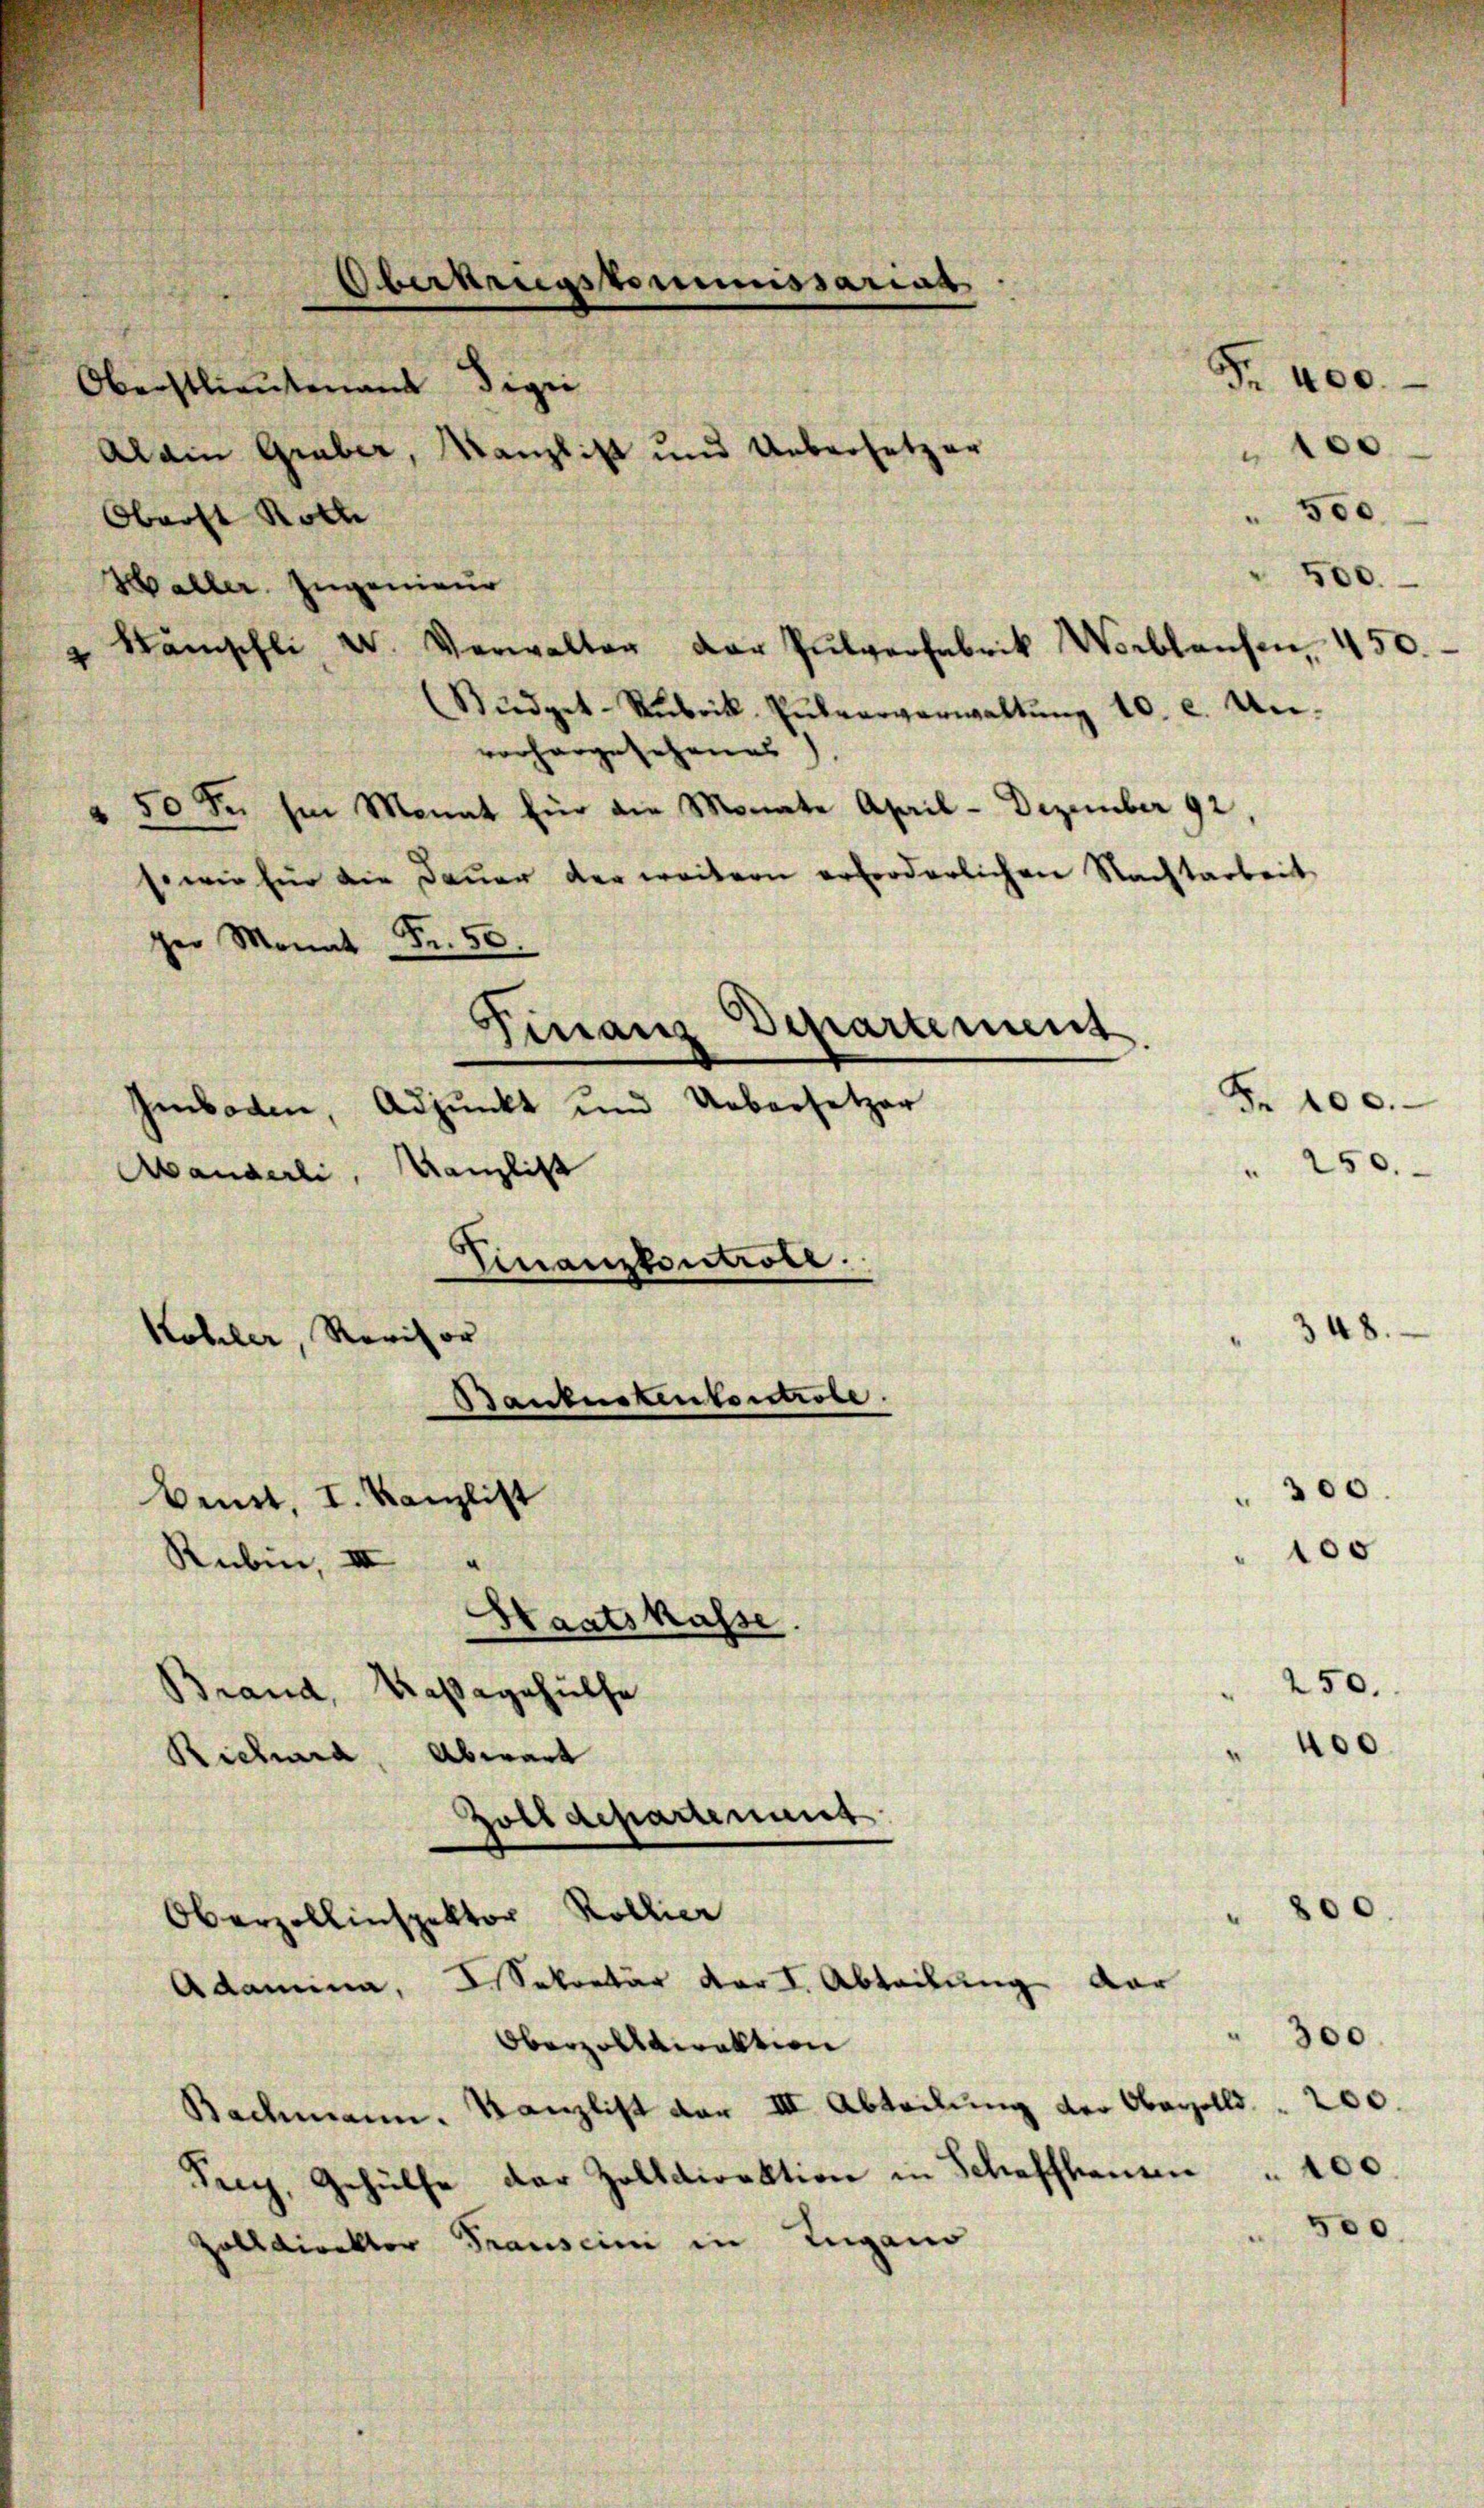
Oberst Roth
Haller. Ingenieur
" kämschli, W. Verwalter der Pulverfabrik Verblaŭfen, 450.
Südget-Rubrik- Pulververwaltŭng 10. c. Un-
vorhergesehenes).
50 Fr. im Monat für die Monate April - Dezember 92,
sowie für die Daŭer der weitern erforderlichen Nachtarbeit
ger Monat Fr. 50.
Finanz Departement
Imboden, Adjunkt und Uebersetzer
Abanderli, Kanzlist
Finanzkontrole.
Kohler, Revisor
Baubestenbertrobe
.
Bemit, I. Kanzlist
Rubin, III
Haatskasse.
Brand, Kaßegehülfe
Richia, Abwart
Zolldepartement
Oberzollinspektor Kollier
Sekretär der I. Abteilung dar
Adomina,
Oberzolldirektion
Bachmann. Kanzlist der III. Abteilŭng der Oberzolld " 200.
Try, Gehülfe der Zolldirektion in Schaffhausen
Zolldirektor Trausein in Zugano

Obertrugskommissarias
Oberstlieutenamt Digei
Alain Gruber, Kanzlist und Uebersetzer

400.
100
500.
500.

300.
100
250.
400

348.

300.

100.
500.

200.

Fr. 100.
" 250.